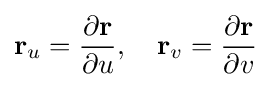
\mathbf {r} _{u}={\frac {\partial \mathbf {r} }{\partial u}},\quad \mathbf {r} _{v}={\frac {\partial \mathbf {r} }{\partial v}}